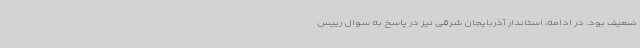
ضعیف بود. در ادامه، استاندار آذربایجان شرقی نیز در پاسخ به سوال رییس